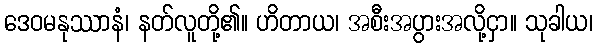
ဒေဝမနုဿာနံ၊ နတ်လူတို့၏။ ဟိတာယ၊ အစီးအပွားအလို့ငှာ။ သုခါယ၊